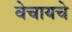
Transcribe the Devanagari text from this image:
वेचायचे